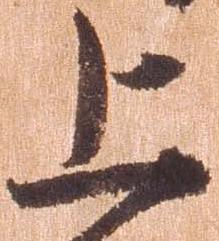
上